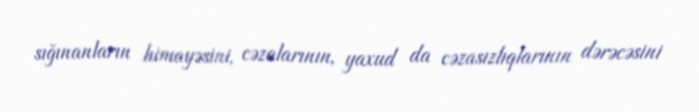
sığınanların himayəsini, cəzalarının, yaxud da cəzasızlıqlarının dərəcəsini